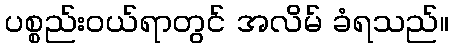
ပစ္စည်းဝယ်ရာတွင် အလိမ် ခံရသည်။